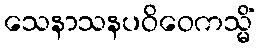
သေနာသနပဝိဝေကသ္မိံ